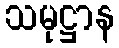
သမုဋ္ဌာန